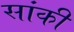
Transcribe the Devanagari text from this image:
सांकी